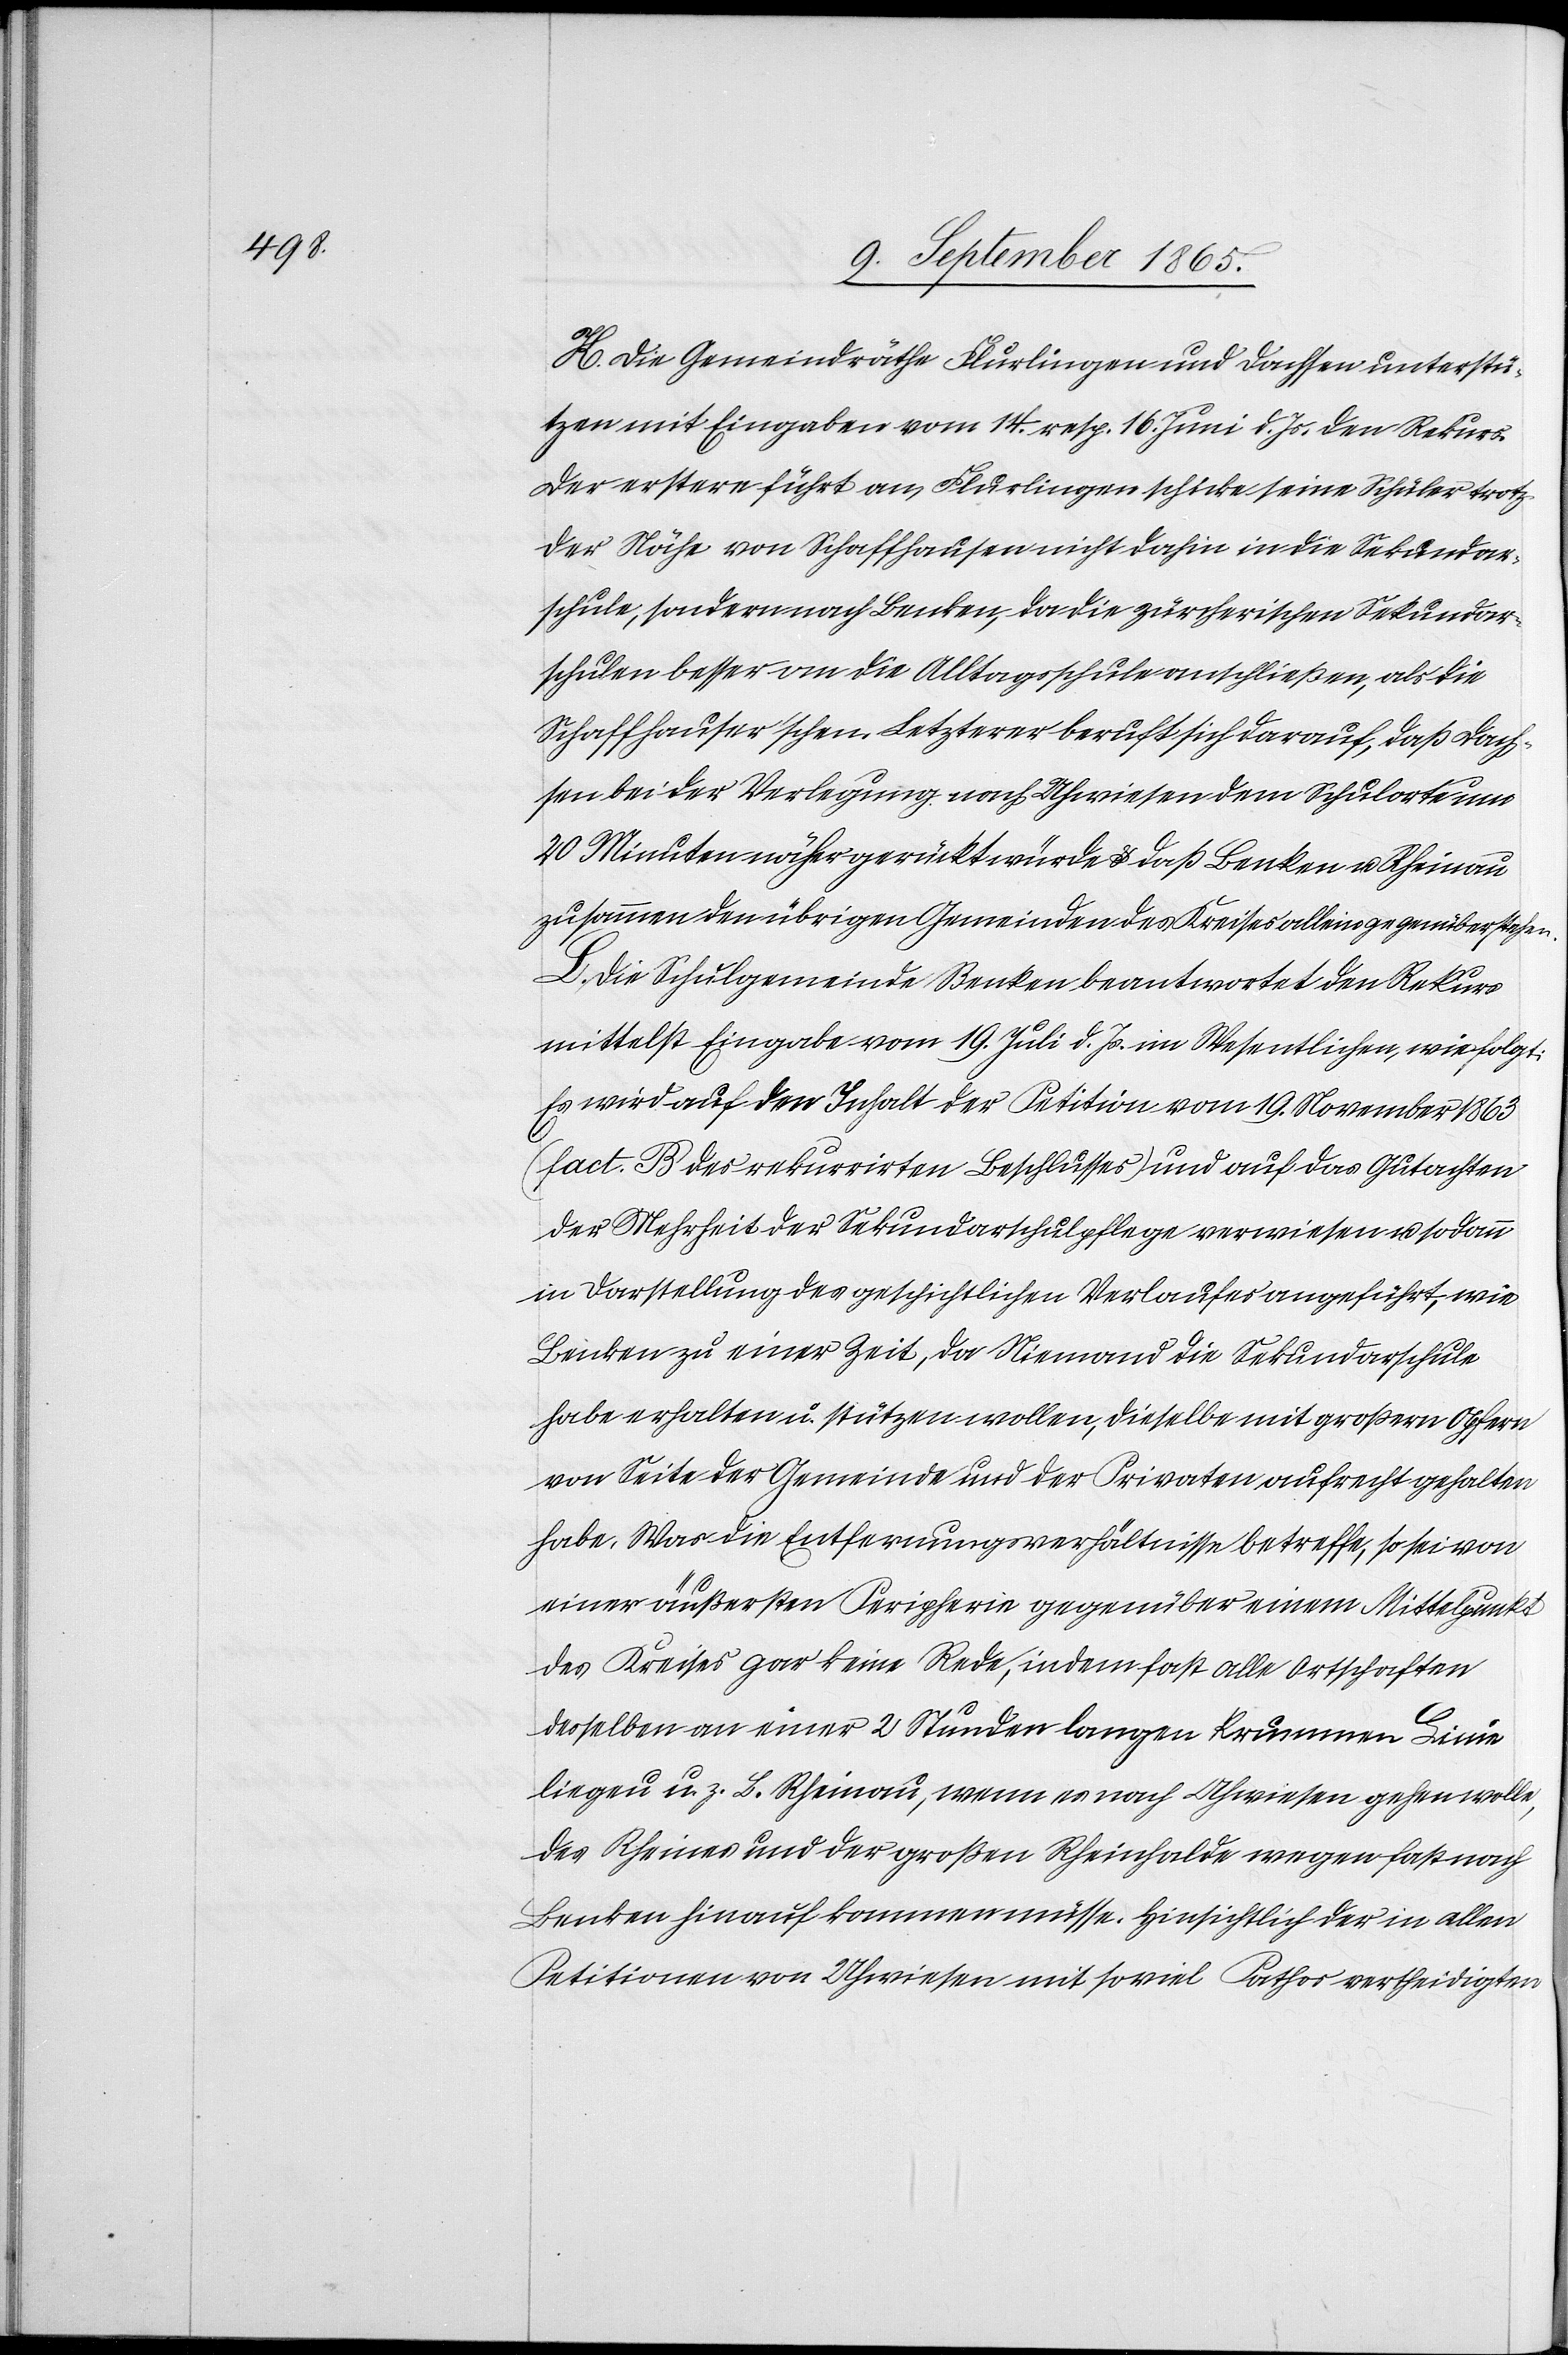
K. Die Gemeindräthe Flurlingen und Dachsen unterstü¬
tzen mit Eingaben vom 14. resp. 16. Juni d. Js. den Rekurs.
Der erstere führt an, Flurlingen schicke seine Schüler trotz
der Nähe von Schaffhausen nicht dahin in die Sekundar¬
schule, sondern nach Benken, da die zürcherischen Sekundar¬
schulen besser an die Alltagsschule anschließen, als die
Schaffhauser’schen. Letzterer beruft sich darauf, daß Dach¬
sen bei der Verlegung nach Uhwiesen dem Schulorte um
20 Minuten näher gerückt würde u. daß Benken u. Rheinau
zusammen den übrigen Gemeinden des Kreises alleine gegenüber stehen.
L. Die Schulgemeinde Benken beantwortet den Rekurs
mittelst Eingabe vom 19. Juli d. Js. im Wesentlichen, wie folgt:
Es wird auf den Inhalt der Petition vom 19. November 1863
(fact. B des rekurrirten Beschlusses) und auf das Gutachten
der Mehrheit der Sekundarschulpflege verwiesen u. sodann
in Darstellung des geschichtlichen Verlaufes angeführt, wie
Benken zu einer Zeit, da Niemand die Sekundarschule
habe erhalten u. stützen wollen, dieselbe mit großern Opfern
von Seite der Gemeinde und der Privaten aufrecht gehalten
habe. Was die Entfernungsverhältnisse betreffe, so sei von
einer äußersten Peripherie gegenüber einem Mittelpunkt
des Kreises gar keine Rede, indem fast alle Ortschaften
desselben an einer 2 Stunden langen krummen Linie
liegen u. z. B. Rheinau, wenn es nach Uhwiesen gehen wolle,
des Rheines und der großen Rheinhalde wegen fast nach
Benken hinauf kommen müsse. Hinsichtlich der in allen
Petitionen von Uhwiesen mit so viel Pathos vertheidigten